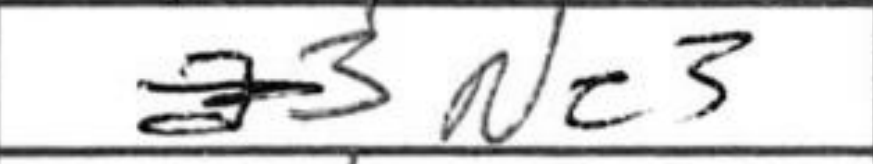
Transcription: Nc3